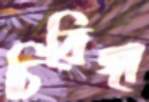
চিরিঙ্গা